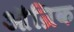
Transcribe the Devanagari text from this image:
ऑन्रिक